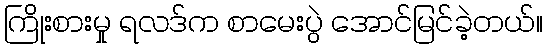
ကြိုးစားမှု ရလဒ်က စာမေးပွဲ အောင်မြင်ခဲ့တယ်။